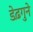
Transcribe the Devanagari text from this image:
डेढ़गुने